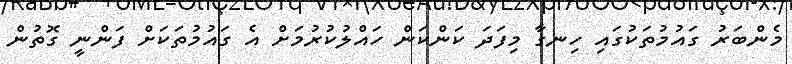
މެންބަރު ގައުމުތަކުގައި ހިނގާ މިފަދަ ކަންކަން ހައްލުކުރުމަށް އެ ގައުމުތަކަށް ފަންނީ ގޮތުން